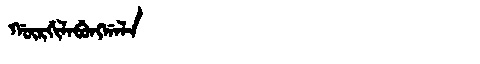
Manchu: ᡤᡡᡵᡤᡳᠯᠠᠪᡠᠩᡤᠠᠯᠠ
Romanization: GŪRGILABUNGGALA